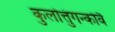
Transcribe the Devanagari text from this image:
कुलोत्तुंगन्कोवै